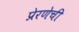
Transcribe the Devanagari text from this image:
प्रेरणेची